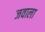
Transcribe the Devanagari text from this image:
जवाला